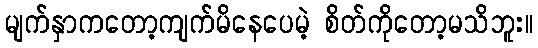
မျက်နှာကတော့ကျက်မိနေပေမဲ့ စိတ်ကိုတော့မသိဘူး။